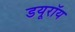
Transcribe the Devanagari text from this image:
डयूरॉय